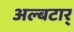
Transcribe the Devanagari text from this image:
अल्बटार्